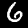
Digit: 6